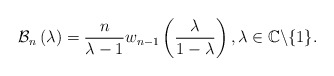
\begin{align*}\mathcal{B}_{n}\left( \lambda\right) =\frac{n}{\lambda-1}w_{n-1}\left(\frac{\lambda}{1-\lambda}\right) ,\lambda\in\mathbb{C}\backslash\{1\}.\end{align*}